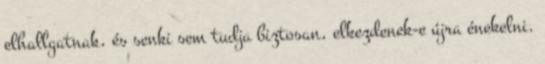
elhallgatnak, és senki sem tudja biztosan, elkezdenek-e újra énekelni.